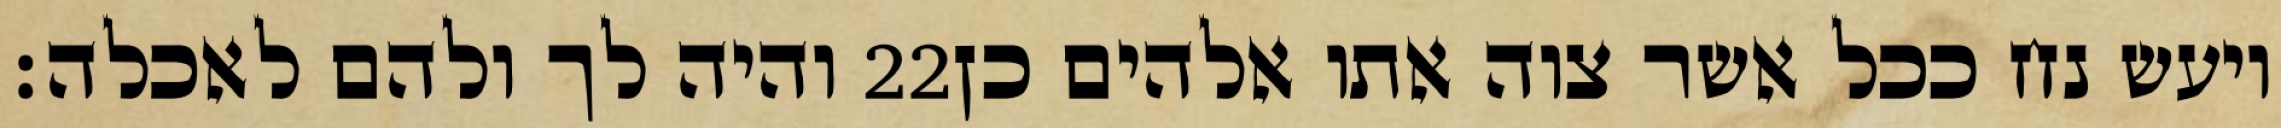
והיה לך ולהם לאכלה׃ ‎22‏ ויעש נח ככל אשר צוה אתו אלהים כן